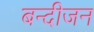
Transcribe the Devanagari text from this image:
बन्दीजन